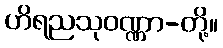
ဟိရညသုဝဏ္ဏာ-တို့။